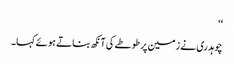
‘‘
چوہدری نے زمین پر طوطے کی آنکھ بناتے ہوئے کہا۔